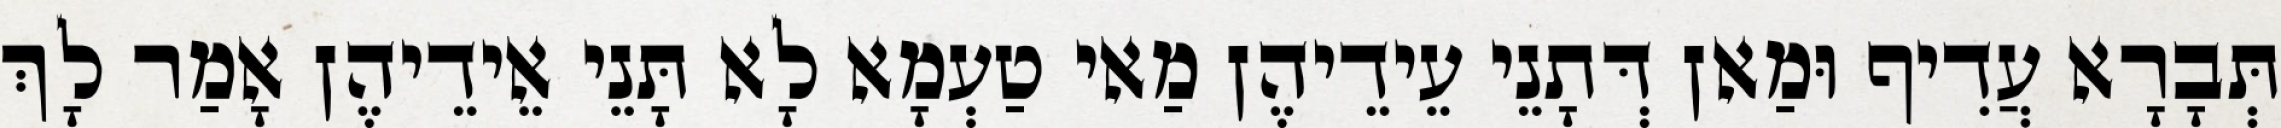
תְּבָרָא עֲדִיף וּמַאן דְּתָנֵי עֵידֵיהֶן מַאי טַעְמָא לָא תָּנֵי אֵידֵיהֶן אָמַר לָךְ